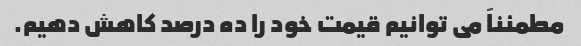
مطمئناً می توانیم قیمت خود را ده درصد کاهش دهیم.